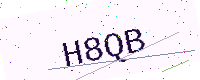
Text: H8QB